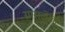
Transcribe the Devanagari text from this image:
ग्रासलेला